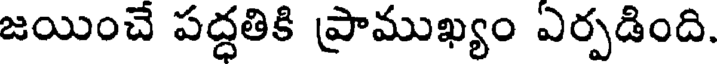
జయించే పద్ధతికి ప్రాముఖ్యం ఎర్పడింది.